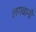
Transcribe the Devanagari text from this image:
लगवानी